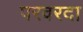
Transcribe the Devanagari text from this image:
परवरदा